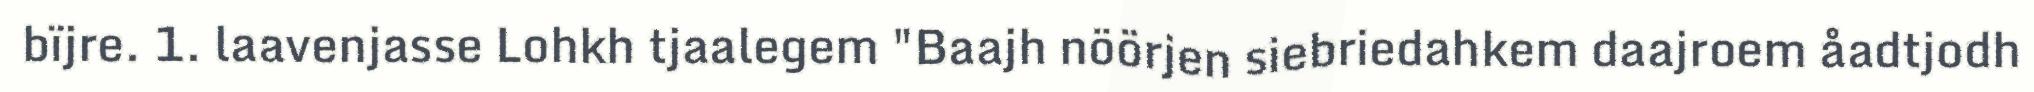
bïjre. 1. laavenjasse Lohkh tjaalegem "Baajh nöörjen siebriedahkem daajroem åadtjodh